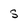
Character: s